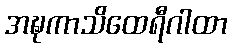
အဍ္ဎကာသိထေရီဂါထာ